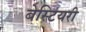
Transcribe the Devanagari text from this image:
बेस्टियरी